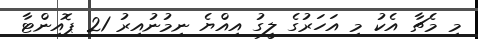
މި މެޗާ އެކު މި އަހަރުގެ ލީގު އިއްޔެ ނިމުނުއިރު 21 ޕޮއިންޓާ